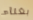
بغناء